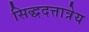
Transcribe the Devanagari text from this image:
सिद्धदत्तात्रेय